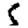
Digit: 5